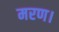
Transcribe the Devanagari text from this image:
मरण।